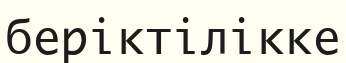
беріктілікке